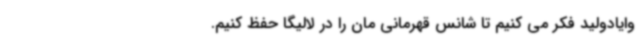
وایادولید فکر می کنیم تا شانس قهرمانی مان را در لالیگا حفظ کنیم.